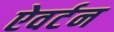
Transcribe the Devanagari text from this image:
ऐवर्टन